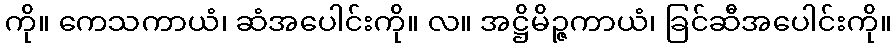
ကို။ ကေသကာယံ၊ ဆံအပေါင်းကို။ လ။ အဋ္ဌိမိဉ္ဇကာယံ၊ ခြင်ဆီအပေါင်းကို။